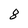
Character: 8